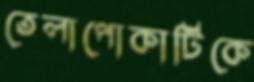
তেলাপোকাটিকে